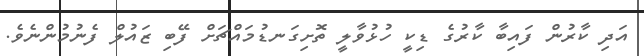
އަދި ކާރުން ފައިބާ ކާރުގެ ޑިކީ ހުޅުވާލީ ތޮށިގަނޑުމައްޗަށް ފޭބި ޒައުލް ފެނުމުންނެވެ.